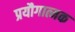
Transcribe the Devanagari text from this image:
प्रयौगात्मक